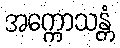
အက္ကောသန္တံ